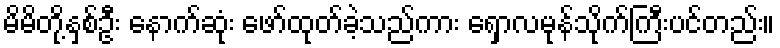
မိမိတို့နှစ်ဦး နောက်ဆုံး ဖော်ထုတ်ခဲ့သည်ကား ရှောလမုန်သိုက်ကြီးပင်တည်း။